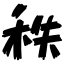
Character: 秩